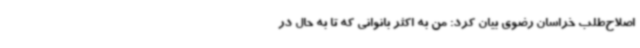
اصلاح‌طلب خراسان رضوی بیان کرد: من به اکثر بانوانی که تا به حال در